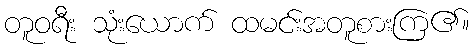
တူဝရီး သုံးယောက် ထမင်းအတူစားကြ၏။